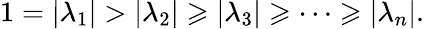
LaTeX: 1=|\lambda_{1}|>|\lambda_{2}|\geqslant|\lambda_{3}|\geqslant\cdots\geqslant|\lambda_{n}|.